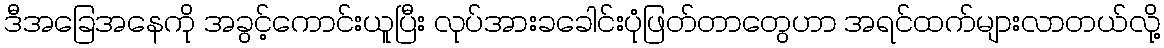
ဒီအခြေအနေကို အခွင့်ကောင်းယူပြီး လုပ်အားခခေါင်းပုံဖြတ်တာတွေဟာ အရင်ထက်များလာတယ်လို့